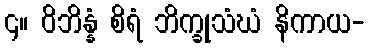
၄။ ဝိဘိန္နံ စိရံ ဘိက္ခုသံဃံ နိကာယ-